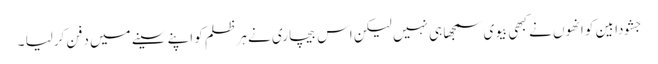
جشودا بین کو انھوں نے کبھی بیوی سمجھا ہی نہیں لیکن اس بیچاری نے ہر ظلم کو اپنے سینے میں دفن کرلیا ۔